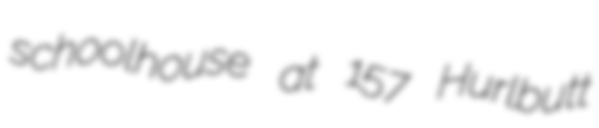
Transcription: schoolhouse at 157 Hurlbutt